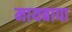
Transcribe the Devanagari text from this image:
मायबापा